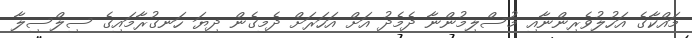
މައްކާގެ އަހުލުވެރިންނާއި މުސްލިމުންނާ ދެމެދު އަަށް އަހަރަށް ދެމިގެން ދިޔަ ހަނގުރާމައިގެ ސިލްސިލާ